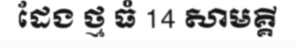
ដែង ថ្ម ធំ 14 សាមគ្គី